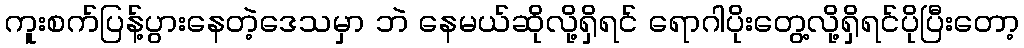
ကူးစက်ပြန့်ပွားနေတဲ့ဒေသမှာ ဘဲ နေမယ်ဆိုလို့ရှိရင် ရောဂါပိုးတွေ့လို့ရှိရင်ပိုပြီးတော့